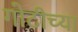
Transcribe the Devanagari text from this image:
गोटीच्या